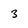
Character: 3